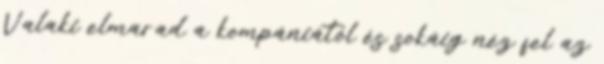
Valaki elmarad a kompániától és sokáig néz fel az